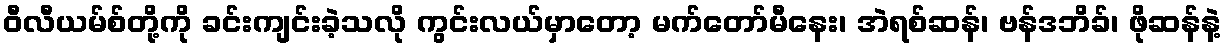
ဝီလီယမ်စ်တို့ကို ခင်းကျင်းခဲ့သလို ကွင်းလယ်မှာတော့ မက်တော်မီနေး၊ အဲရစ်ဆန်၊ ဗန်ဒဘိခ်၊ ဖိုဆန်နဲ့